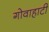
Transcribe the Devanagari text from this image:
गोवाहाटी